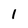
Character: 1